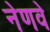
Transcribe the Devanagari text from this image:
नेणवे